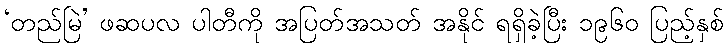
‘တည်မြဲ’ ဖဆပလ ပါတီကို အပြတ်အသတ် အနိုင် ရရှိခဲ့ပြီး ၁၉၆၀ ပြည့်နှစ်